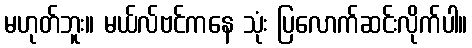
မဟုတ်ဘူး။ မယ်လ်ဗင်ကနေ သုံး ပြလောက်ဆင်းလိုက်ပါ။